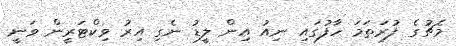
މެޗުގެ ފުރަތަމަ ހާފުގައި ނިއު އިން ލީޑު ނެގި އިރު ވިކްޓަރީން ވަނީ